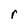
Character: r